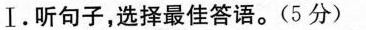
Ⅰ.听句子,选择最佳答语.(5 分)